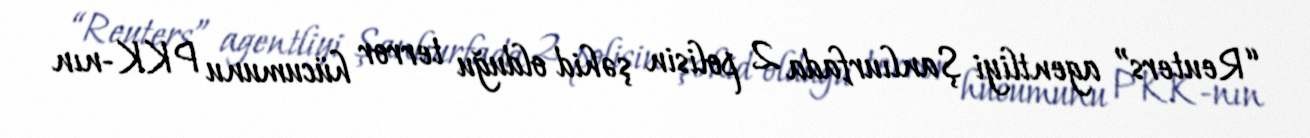
“Reuters” agentliyi Şanlıurfada 2 polisin şəhid olduğu terror hücumunu PKK-nın